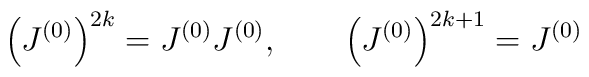
\left(J^{(0)}\right)^{2k} = J^{(0)} J^{(0)}, \qquad\left(J^{(0)}\right)^{2k+1} = J^{(0)}